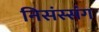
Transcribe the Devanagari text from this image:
निसंस्संग